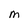
Character: m